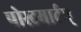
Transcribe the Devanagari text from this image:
पोस्टमार्टम्‌